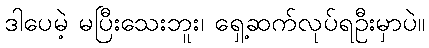
ဒါပေမဲ့ မပြီးသေးဘူး၊ ရှေ့ဆက်လုပ်ရဦးမှာပဲ။